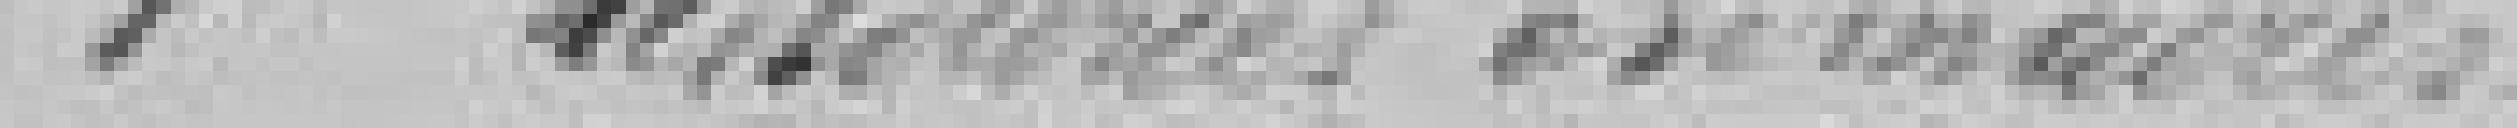
1° Ressources ordinaires